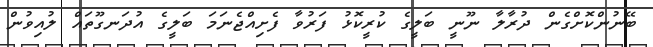
ބޭނުންކޮށްގެން ދުރާލާ ނޫނީ ބަލީގެ ކުރީކޮޅު ފަރުވާ ފެށިއްޖެނަމަ ބަލީގެ އުދަނގޫތައް ލުއިވުން